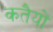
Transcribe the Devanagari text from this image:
कतैयों